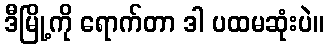
ဒီမြို့ကို ရောက်တာ ဒါ ပထမဆုံးပဲ။